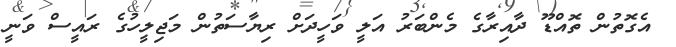
އެގޮތުން ތޮއްޑޫ ދާއިރާގެ މެންބަރު އަލީ ވަހީދަށް ރިޔާސަތުން މަޖިލީހުގެ ރައީސް ވަނީ